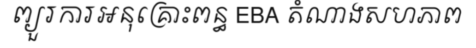
ព្យួរការអនុគ្រោះពន្ធ EBA តំណាងសហភាព